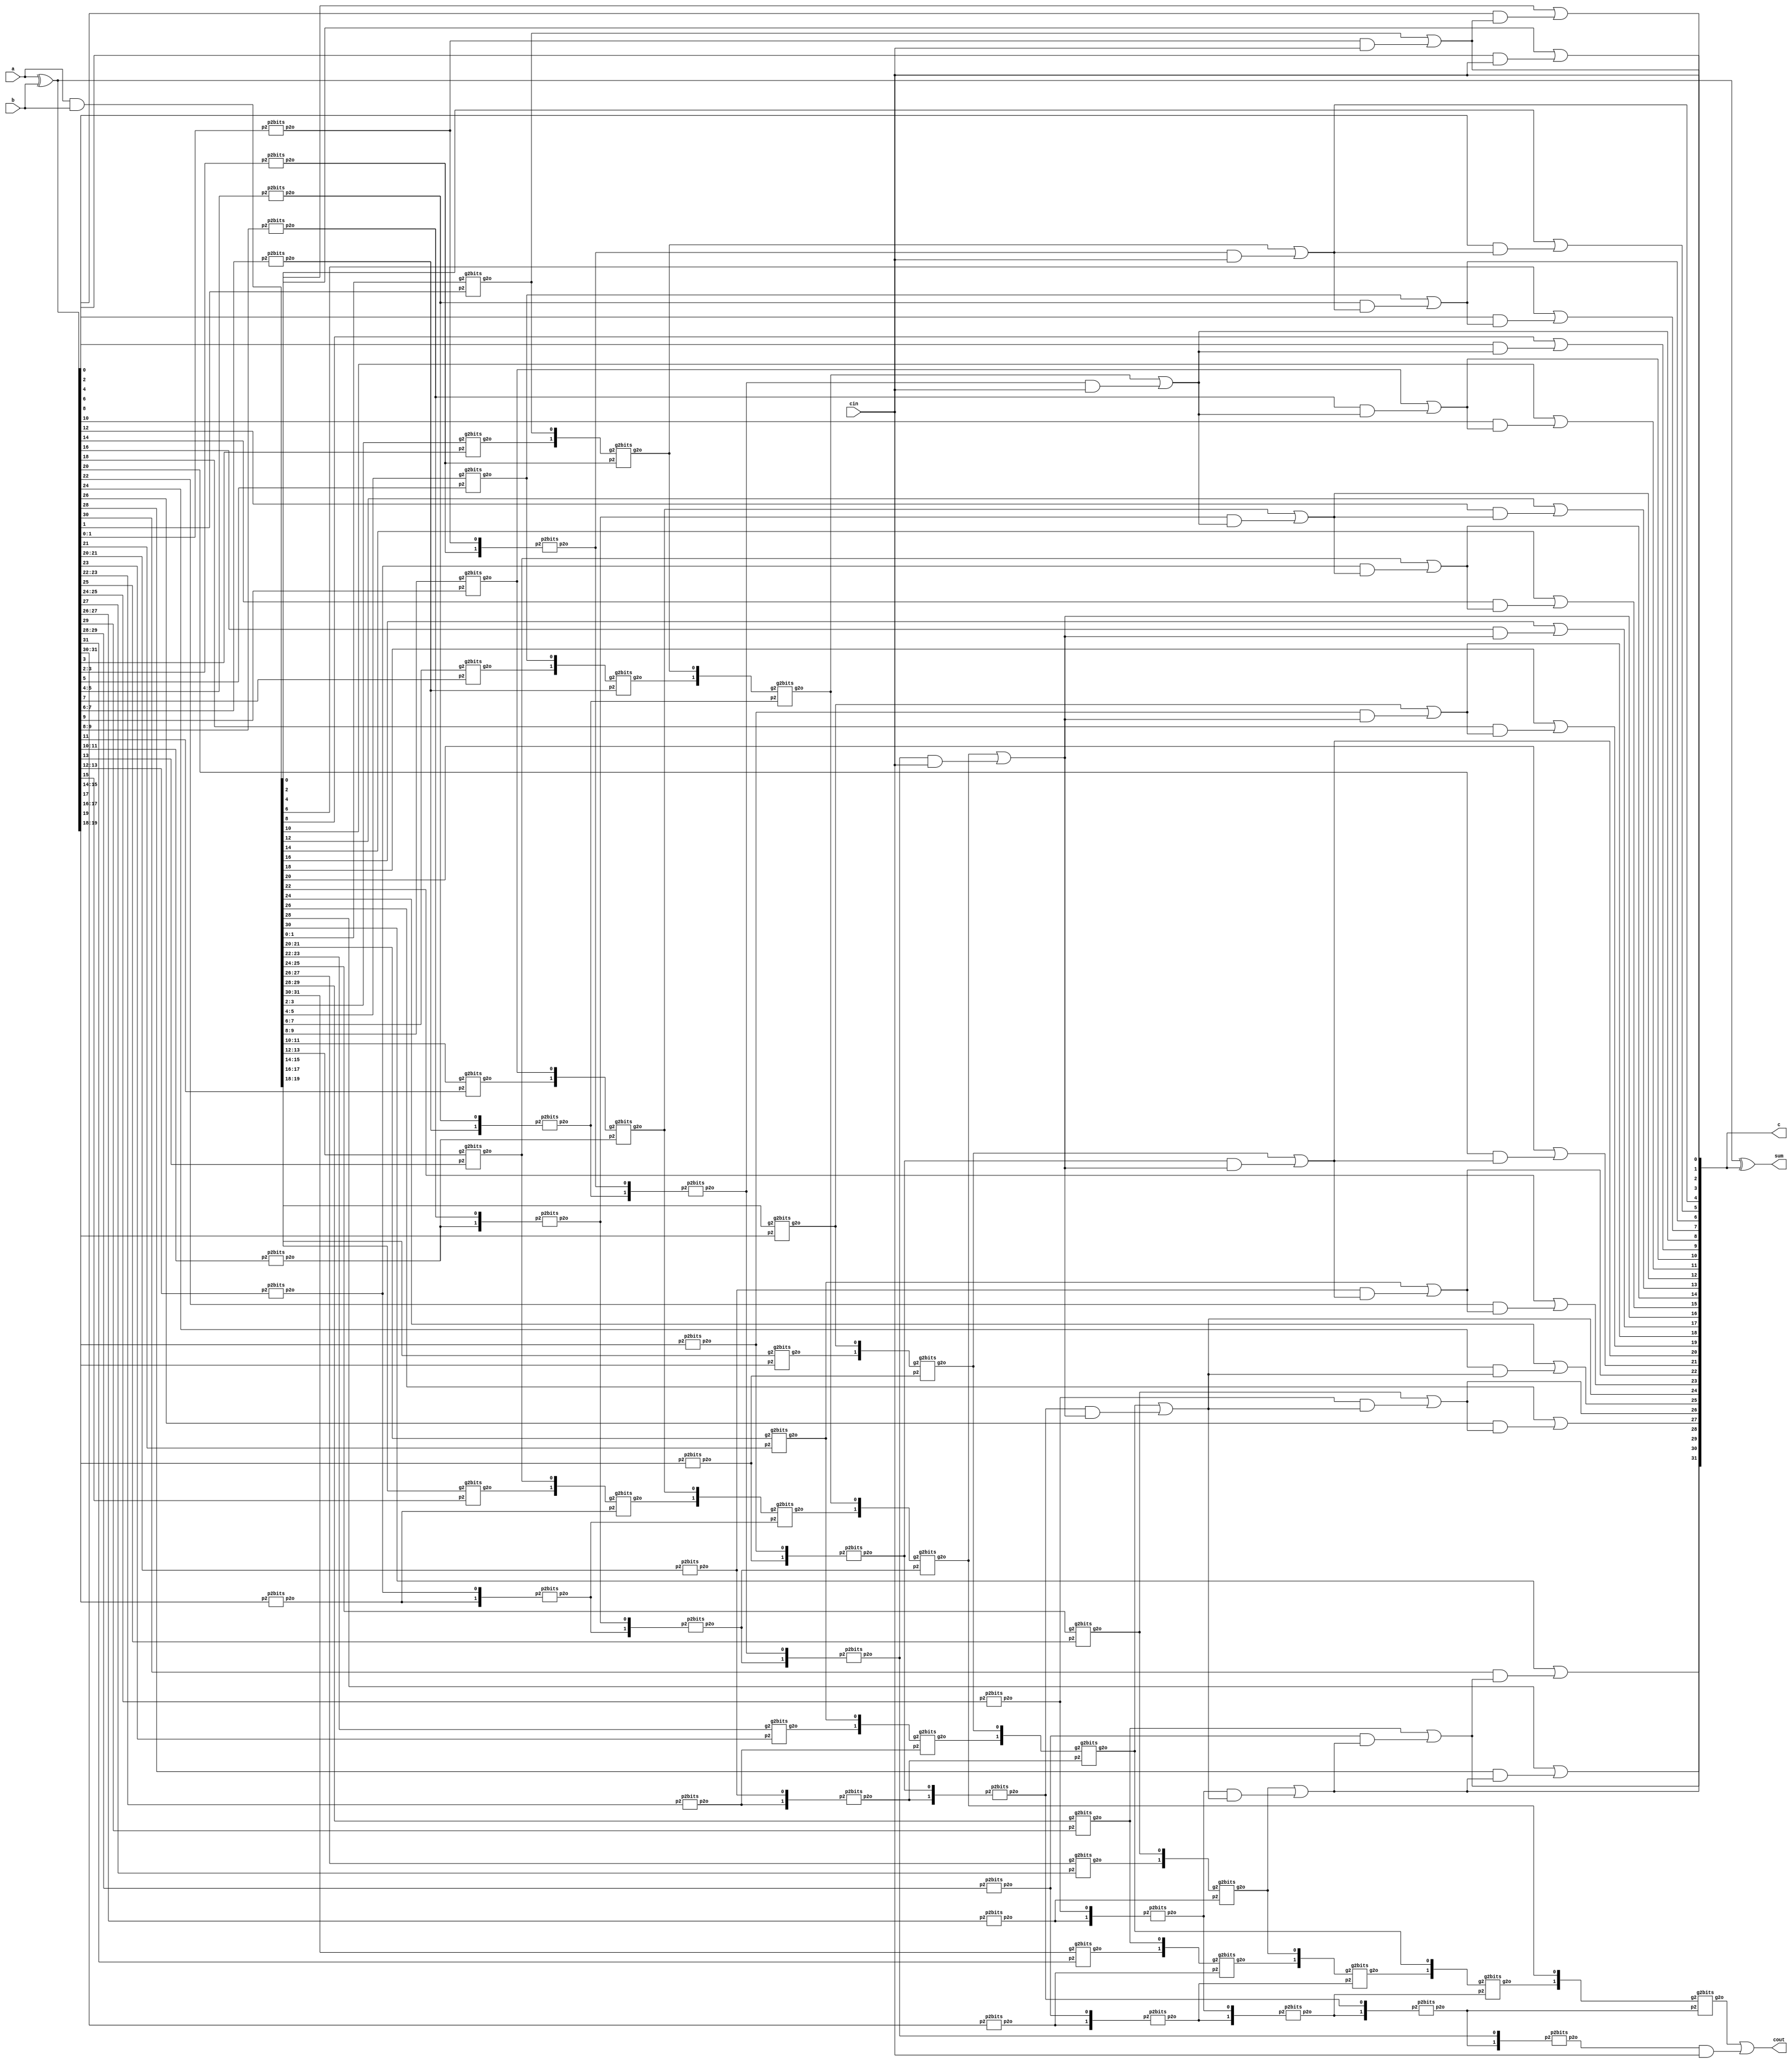
module brentkung32(
input [31:0] a,b ,
input cin,
output [31:0] sum,
output cout,
output [31:0] c


);
genvar i,k,h,n,o,j,l,m,s;
wire[31:0] g,p;
wire[15:0]  g2b,p2b;
wire[7:0] g3b,p3b;
wire[3:0] g4b,p4b;
wire[1:0] g5b,p5b;
//wire [30:0] c
wire g6b,p6b;
assign g=a&b;
assign p=a^b;
generate

for(j=0;j<16;j=j+1)
begin:division16
g2bits ga(g[2*j+1:2*j],p[2*j+1],g2b[j]);
p2bits pa(p[2*j+1:2*j],p2b[j]);
 end

for(l=0;l<8;l=l+1)
begin:division8
g2bits gb(g2b[2*l+1:2*l],p2b[2*l+1],g3b[l]);
p2bits pb(p2b[2*l+1:2*l],p3b[l]);

end
for(m=0;m<4;m=m+1)
begin:division4
g2bits gc(g3b[2*m+1:2*m],p3b[2*m+1],g4b[m]);
p2bits pc(p3b[2*m+1:2*m],p4b[m]);

end

for(s=0;s<2;s=s+1)
begin:division2
g2bits gd(g4b[2*s+1:2*s],p4b[2*s+1],g5b[s]);
p2bits pd (p4b[2*s+1:2*s],p5b[s]);

end
endgenerate
g2bits ge(g5b[1:0],p5b[1],g6b);
p2bits pe(p5b[1:0],p6b);
assign  c[0]=cin;

assign cout= g6b|(p6b&cin);
assign c[16]=g5b[0]|(p5b[0]&cin);
assign c[8]=g4b[0]|(p4b[0]&cin);
assign c[4]=g3b[0]|(p3b[0]&cin);
assign c[2]=g2b[0]|(p2b[0]&cin);
assign c[1]=g[0]|(p[0]&cin);
assign c[12]=g3b[2]|(p3b[2]&c[8]);
assign c[20]=g3b[4]|(p3b[4]&c[16]);
assign c[3]=g[2]|(p[2]&c[2]);
assign c[24]=g4b[2]|(p4b[2]&c[16]);
assign c[28]=g3b[6]|(p3b[6]&c[24]);
assign c[6]=g2b[2]|(p2b[2]&c[4]);
assign c[10]=g2b[4]|(p2b[4]&c[8]);
assign c[14]=g2b[6]|(p2b[6]&c[12]);
assign c[18]=g2b[8]|(p2b[8]&c[16]);
assign c[22]=g2b[10]|(p2b[10]&c[20]);
assign c[26]=g2b[12]|(p2b[12]&c[24]);
assign c[30]=g2b[14]|(p2b[14]&c[28]);
assign c[5]=g[4]|(p[4]&c[4]);
assign c[7]=g[6]|(p[6]&c[6]);
assign c[9]=g[8]|(p[8]&c[8]);
assign c[11]=g[10]|(p[10]&c[10]);
assign c[13]=g[12]|(p[12]&c[12]);
assign c[15]=g[14]|(p[14]&c[14]);
assign c[17]=g[16]|(p[16]&c[16]);
assign c[19]=g[18]|(p[18]&c[18]);
assign c[21]=g[20]|(p[20]&c[20]);
assign c[23]=g[22]|(p[22]&c[22]);
assign c[25]=g[24]|(p[24]&c[24]);
assign c[27]=g[26]|(p[26]&c[26]);
assign c[29]=g[28]|(p[28]&c[28]);
assign c[31]=g[30]|(p[30]&c[30]);

assign sum=a^b^c[31:0];
endmodule
module g2bits(
input [1:0] g2,
input p2,
output   g2o
);
assign g2o=g2[1]|(g2[0]&p2);
endmodule
module p2bits(
input [1:0] p2,
output  p2o
);
assign p2o=p2[1]&p2[0];
endmodule
module adder(
input p,
output s
);
assign s=p+1;
endmodule